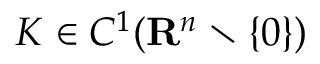
K \in C ^ { 1 } ( \mathbf { R } ^ { n } \setminus \{ 0 \} )